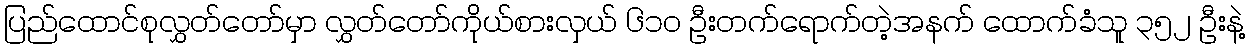
ပြည်ထောင်စုလွှတ်တော်မှာ လွှတ်တော်ကိုယ်စားလှယ် ၆၁၀ ဦးတက်ရောက်တဲ့အနက် ထောက်ခံသူ ၃၅၂ ဦးနဲ့